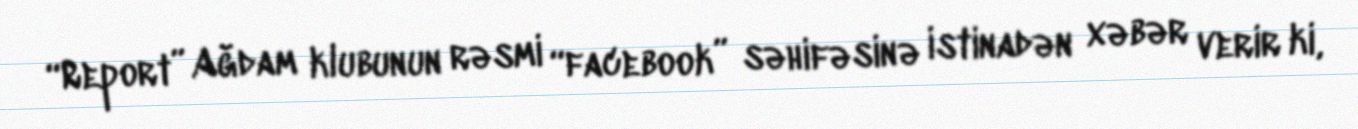
“Report” Ağdam klubunun rəsmi “facebook” səhifəsinə istinadən xəbər verir ki,